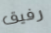
رفيق